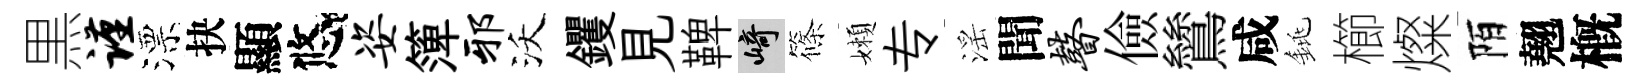
黒谨漂抉顯悠姿𥱼邪沃钁見鞞崎篠嬾专滛聞瞽儉鷥咸銚櫛燦陌翹槪